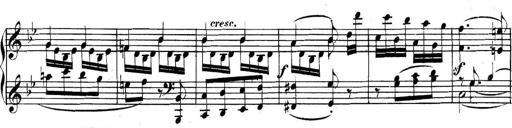
Title: Collected Piano Sonatas
Composer: Muzio Clementi